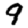
Digit: 9